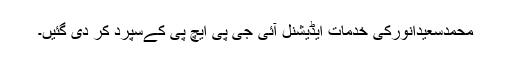
محمدسعیدانورکی خدمات ایڈیشنل آئی جی پی ایچ پی کےسپرد کر دی گئیں۔